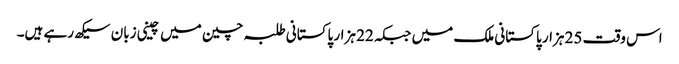
اس وقت 25 ہزار پاکستانی ملک میں جبکہ 22 ہزار پاکستانی طلبہ چین میں چینی زبان سیکھ رہے ہیں۔